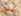
بي